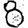
Digit: 8